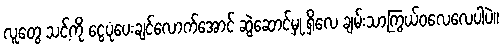
လူတွေ သင့်ကို ငွေပုံပေးချင်လောက်အောင် ဆွဲဆောင်မှု ရှိလေ ချမ်းသာကြွယ်ဝလေလေပါပဲ။